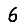
Digit: 6